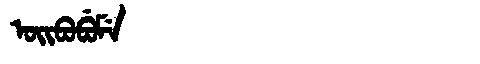
Manchu: ᠣᡳᠪᠣᠪᡠᠮᡝ
Romanization: OIBOBUME